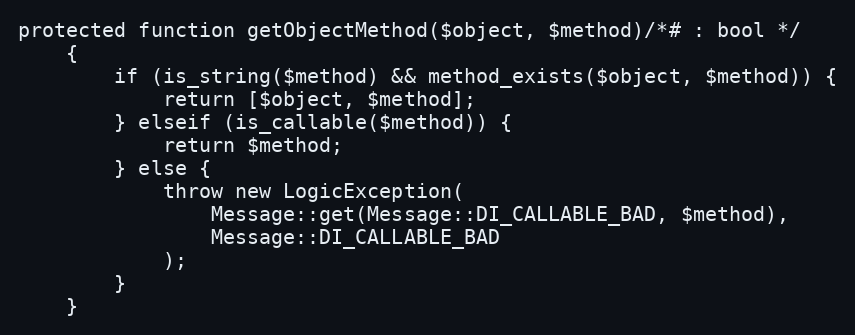
Language: PHP
protected function getObjectMethod($object, $method)/*# : bool */
    {
        if (is_string($method) && method_exists($object, $method)) {
            return [$object, $method];
        } elseif (is_callable($method)) {
            return $method;
        } else {
            throw new LogicException(
                Message::get(Message::DI_CALLABLE_BAD, $method),
                Message::DI_CALLABLE_BAD
            );
        }
    }